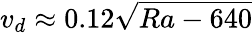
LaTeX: v_{d}\approx 0.12\sqrt{Ra-640}